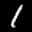
Label: 1